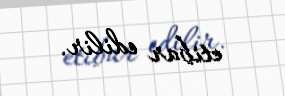
etibar edilir.